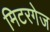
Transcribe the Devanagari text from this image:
मिटरगेज